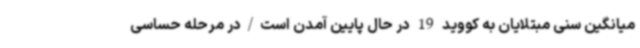
میانگین سنی مبتلایان به کووید 19 در حال پایین آمدن است/در مرحله حساسی